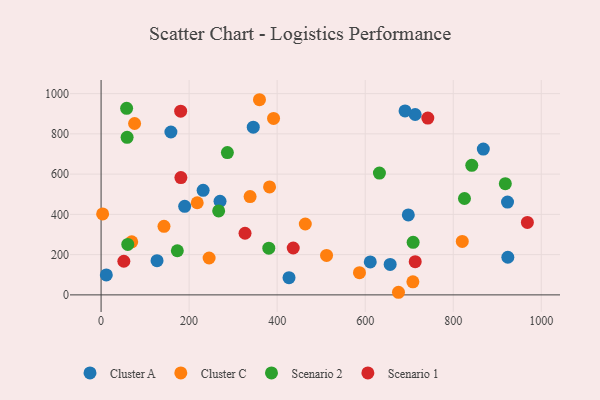
{"axis": {"x": "Price", "y": "Salary"}, "legend": ["Cluster A", "Cluster C", "Scenario 1", "Scenario 2"], "data": [{"x": "656.7", "y": 151.6, "type": "Cluster A"}, {"x": "270.2", "y": 465.2, "type": "Cluster A"}, {"x": "923.3", "y": 461.0, "type": "Cluster A"}, {"x": "426.9", "y": 85.6, "type": "Cluster A"}, {"x": "158.6", "y": 809.2, "type": "Cluster A"}, {"x": "713.5", "y": 896.1, "type": "Cluster A"}, {"x": "127.1", "y": 169.8, "type": "Cluster A"}, {"x": "868.3", "y": 724.6, "type": "Cluster A"}, {"x": "231.8", "y": 519.6, "type": "Cluster A"}, {"x": "690.5", "y": 913.9, "type": "Cluster A"}, {"x": "189.9", "y": 439.8, "type": "Cluster A"}, {"x": "611.5", "y": 163.7, "type": "Cluster A"}, {"x": "924.0", "y": 187.0, "type": "Cluster A"}, {"x": "697.9", "y": 397.2, "type": "Cluster A"}, {"x": "345.7", "y": 833.2, "type": "Cluster A"}, {"x": "11.9", "y": 99.0, "type": "Cluster A"}, {"x": "391.8", "y": 876.6, "type": "Cluster C"}, {"x": "382.7", "y": 536.2, "type": "Cluster C"}, {"x": "69.6", "y": 263.8, "type": "Cluster C"}, {"x": "820.5", "y": 265.4, "type": "Cluster C"}, {"x": "359.8", "y": 969.6, "type": "Cluster C"}, {"x": "463.9", "y": 352.3, "type": "Cluster C"}, {"x": "218.4", "y": 457.8, "type": "Cluster C"}, {"x": "675.6", "y": 13.0, "type": "Cluster C"}, {"x": "245.4", "y": 183.3, "type": "Cluster C"}, {"x": "76.1", "y": 851.5, "type": "Cluster C"}, {"x": "338.5", "y": 488.5, "type": "Cluster C"}, {"x": "512.2", "y": 196.0, "type": "Cluster C"}, {"x": "587.0", "y": 110.6, "type": "Cluster C"}, {"x": "3.5", "y": 402.1, "type": "Cluster C"}, {"x": "708.3", "y": 64.8, "type": "Cluster C"}, {"x": "142.9", "y": 340.4, "type": "Cluster C"}, {"x": "381.0", "y": 231.9, "type": "Scenario 2"}, {"x": "58.0", "y": 927.0, "type": "Scenario 2"}, {"x": "286.9", "y": 707.0, "type": "Scenario 2"}, {"x": "173.2", "y": 219.4, "type": "Scenario 2"}, {"x": "708.9", "y": 261.4, "type": "Scenario 2"}, {"x": "918.3", "y": 552.3, "type": "Scenario 2"}, {"x": "842.1", "y": 643.8, "type": "Scenario 2"}, {"x": "59.1", "y": 782.7, "type": "Scenario 2"}, {"x": "267.1", "y": 417.1, "type": "Scenario 2"}, {"x": "60.6", "y": 250.7, "type": "Scenario 2"}, {"x": "632.3", "y": 605.1, "type": "Scenario 2"}, {"x": "825.5", "y": 479.0, "type": "Scenario 2"}, {"x": "968.4", "y": 360.0, "type": "Scenario 1"}, {"x": "713.6", "y": 165.0, "type": "Scenario 1"}, {"x": "742.2", "y": 878.6, "type": "Scenario 1"}, {"x": "436.5", "y": 232.9, "type": "Scenario 1"}, {"x": "181.3", "y": 582.9, "type": "Scenario 1"}, {"x": "180.8", "y": 912.8, "type": "Scenario 1"}, {"x": "51.7", "y": 167.1, "type": "Scenario 1"}, {"x": "327.0", "y": 306.2, "type": "Scenario 1"}]}